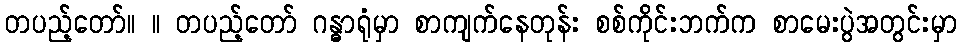
တပည့်တော်။ ။ တပည့်တော် ဂန္ဓာရုံမှာ စာကျက်နေတုန်း စစ်ကိုင်းဘက်က စာမေးပွဲအတွင်းမှာ